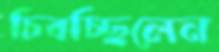
চিবচ্ছিলেন